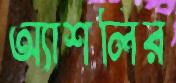
অ্যাশলির